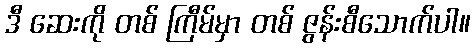
ဒီ ဆေးကို တစ် ကြီမ်မှာ တစ် ဇွန်းစီသောက်ပါ။